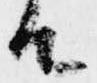
由